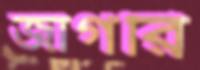
জাগরি